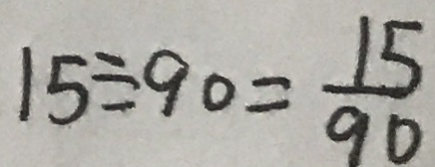
1 5 \div 9 0 = \frac { 1 5 } { 9 0 }